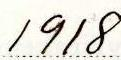
1918